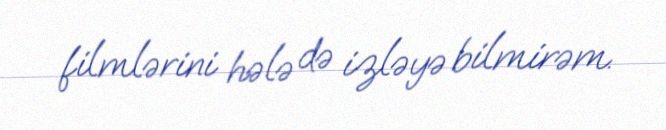
filmlərini hələ də izləyə bilmirəm.